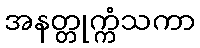
အနတ္တုက္ကံသကာ